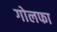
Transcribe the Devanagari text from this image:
गोलफा